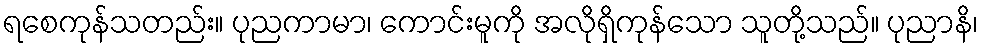
ရစေကုန်သတည်း။ ပုညကာမာ၊ ကောင်းမူကို အလိုရှိကုန်သော သူတို့သည်။ ပုညာနိ၊